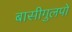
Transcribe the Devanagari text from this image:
बासीगुलपो